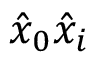
\hat { x } _ { 0 } \hat { x } _ { i }